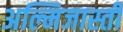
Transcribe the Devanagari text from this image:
अल्मिजास्ती